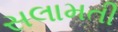
સલામતી